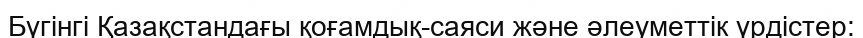
Бүгінгі Қазақстандағы қоғамдық-саяси және әлеуметтік үрдістер: